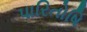
પારિતોષિ